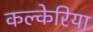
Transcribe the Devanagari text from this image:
कल्केरिया